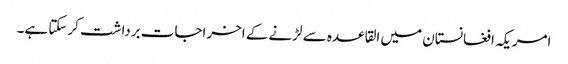
امریکہ افغانستان میں القاعدہ سے لڑنے کے اخراجات برداشت کرسکتا ہے۔